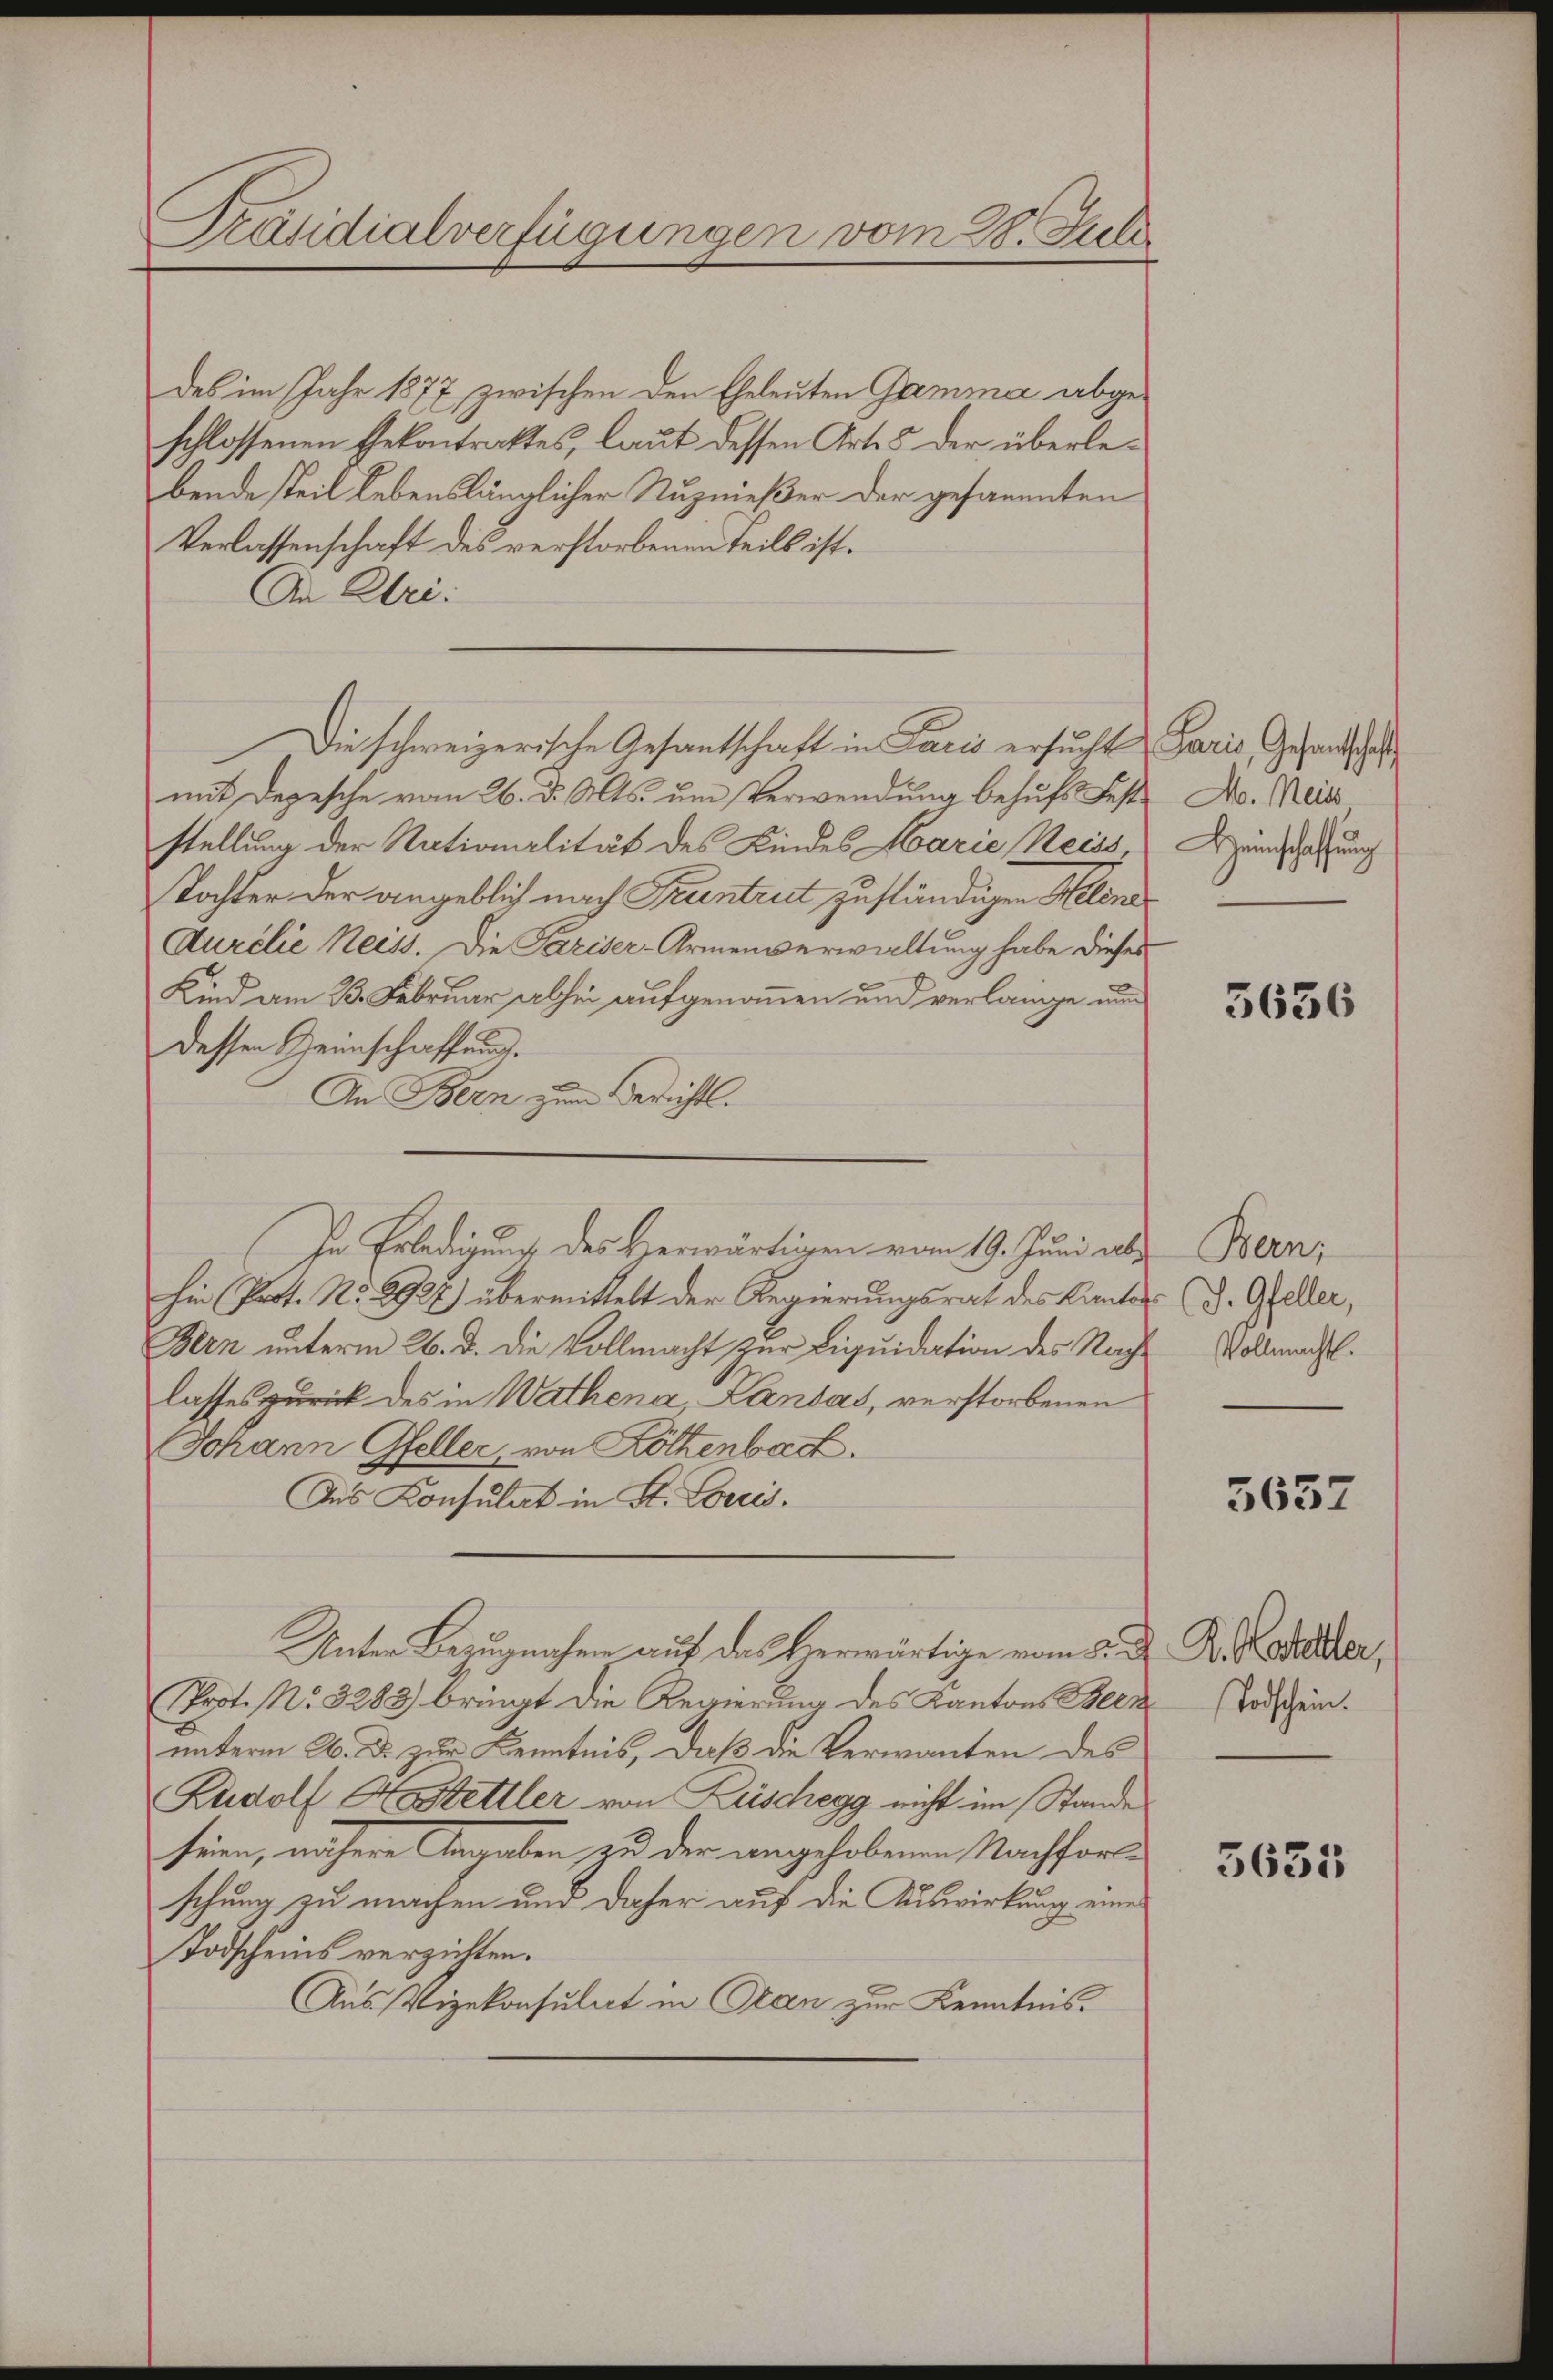
Präsidialverfügungen vom 28. Juli

des im Jahr 1877 zwischen den Eheleuten Gamma abgeschlossenen Gekontraktes, laut dessen Art. 5 der überlebende Teil Lebenslänglicher Nuznießer der gesammten
Verlassenschaft des verstorbenen Teils ist.
An Uri:
Die schweizerische Gesantschaft in Paris ersucht Paris, Gesandschaft
mit Depesche vom 26. d. Mts. um Verwendung behufs Fest. No. Neiss
stellung der Nationalität des Kindes Marie Neiss
Tochter der angeblich nach Frantrut zuständigen Helina
Aurelie Neiss. Die Pariser-Armenverwaltung habe dieses
Kind am 23. Februar abhin aufgenommen und verlange un
dessen Heinschaffung.
An Bern zum Berichts.
hin (Post. No. 2927) übermittelt der Regierungsrat des Kanton (d. Geller,
Bern unterm 26. d. die Vollmacht zur Liquidation des Nachlasses zurück des in Wathena, Landas, verstorbenen
Johann Gfeller, von Köthenbach.
Des Konsulat in St. Loris.
Unter Bezugnahme auf das Herwärtige vom 5. D. R. Kostender,
Prot. No. 3288) bringt die Regierung des Kantons Been
unterm 26. ds. zur Kenntnis, daß die Verwanten des
Rudolf A. Hettler von Lüschegg nicht im Stande
sein, nähere Angaben zu der angehobenen Nachforschung zu machen und daher auf die Auswirkung eine
Todscheins verzichten.
Aus Vizekonsulat in Plan zur Kenntnis.

In Erledigung des Herwärtigen vom 19. Juni ab¬

Heinschaffung

5656

Bern,
Vollmacht.

5657

Todschein.

5635